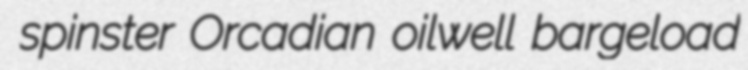
spinster Orcadian oilwell bargeload